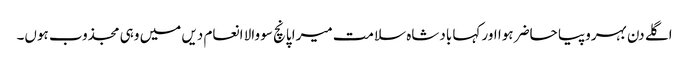
اگلے دن بہروپیا حاضر ہوا اور کہا بادشاہ سلامت میرا پانچ سو والا انعام دیں میں وہی مجذوب ہوں۔